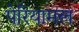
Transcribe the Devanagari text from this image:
पेरियामल